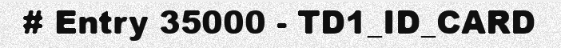
# Entry 35000 - TD1_ID_CARD